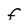
Character: f